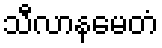
သီလာနမေတံ